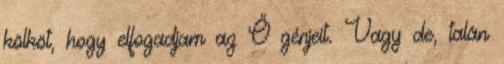
kölköt, hogy elfogadjam az Ő génjeit. Vagy de, talán